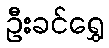
ဦးခင်ရွှေ